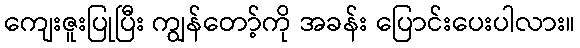
ကျေးဇူးပြုပြီး ကျွန်တော့်ကို အခန်း ပြောင်းပေးပါလား။